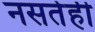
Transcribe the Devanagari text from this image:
नसतेही